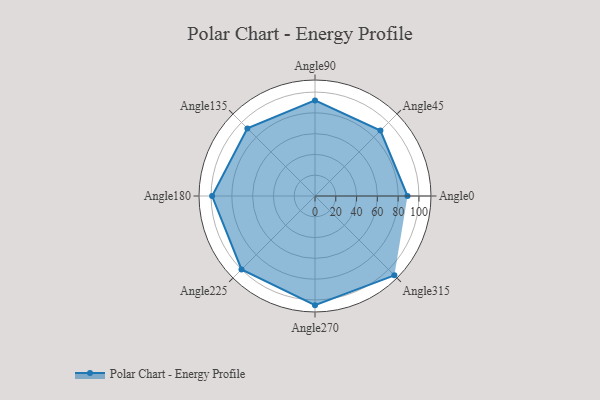
{"axis": {"x": "Angle", "y": "Radius"}, "legend": [""], "data": [{"x": "Angle0", "y": 89.0, "type": ""}, {"x": "Angle45", "y": 89.0, "type": ""}, {"x": "Angle90", "y": 92.0, "type": ""}, {"x": "Angle135", "y": 92.0, "type": ""}, {"x": "Angle180", "y": 99.0, "type": ""}, {"x": "Angle225", "y": 100.0, "type": ""}, {"x": "Angle270", "y": 105.0, "type": ""}, {"x": "Angle315", "y": 108.0, "type": ""}]}